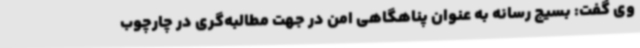
وی گفت: بسیج رسانه به عنوان پناهگاهی امن در جهت مطالبه‌گری در چارچوب